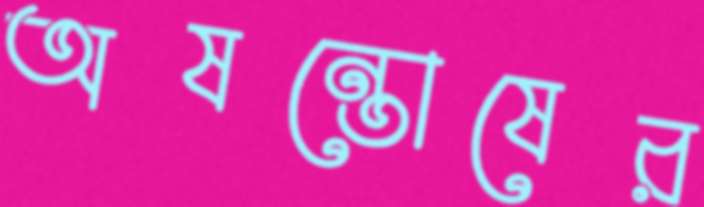
অষন্তোষের